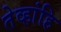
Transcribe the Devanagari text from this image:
तेव्हांहि